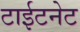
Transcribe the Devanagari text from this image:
टाईटनेट